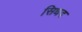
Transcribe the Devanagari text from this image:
सिधद